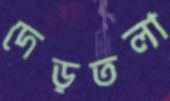
দেড়তলা